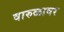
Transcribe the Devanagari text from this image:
वारुळावर